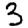
Digit: 3